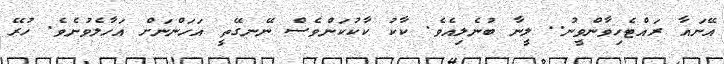
އޭނައާ ރައްޓެހިވާންވީނު.. ލީނާ ބުނެލިއެވެ. ކާކު ކާކުކަންވެސް ނޭނގޭތީ އަހަންނަށް އަހާލެވުނެވެ. ހުރޭ